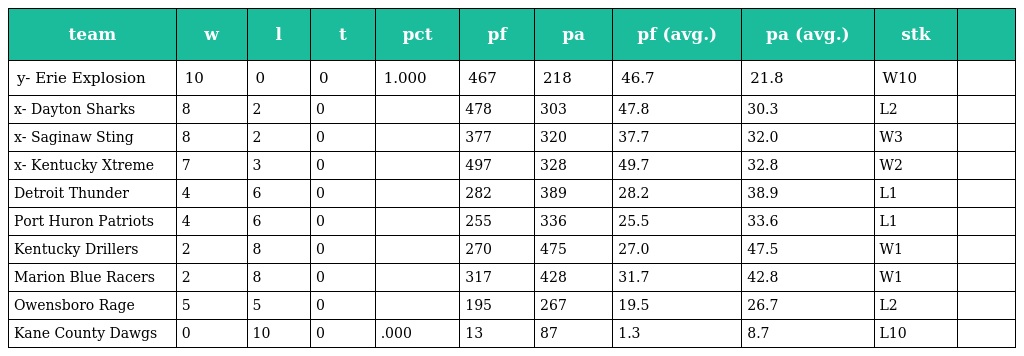
| team | w | l | t | pct | pf | pa | pf (avg.) | pa (avg.) | stk |  |
 | --- | --- | --- | --- | --- | --- | --- | --- | --- | --- | --- |
 | y- Erie Explosion | 10 | 0 | 0 | 1.000 | 467 | 218 | 46.7 | 21.8 | W10 |  |
 | x- Dayton Sharks | 8 | 2 | 0 |  | 478 | 303 | 47.8 | 30.3 | L2 |  |
 | x- Saginaw Sting | 8 | 2 | 0 |  | 377 | 320 | 37.7 | 32.0 | W3 |  |
 | x- Kentucky Xtreme | 7 | 3 | 0 |  | 497 | 328 | 49.7 | 32.8 | W2 |  |
 | Detroit Thunder | 4 | 6 | 0 |  | 282 | 389 | 28.2 | 38.9 | L1 |  |
 | Port Huron Patriots | 4 | 6 | 0 |  | 255 | 336 | 25.5 | 33.6 | L1 |  |
 | Kentucky Drillers | 2 | 8 | 0 |  | 270 | 475 | 27.0 | 47.5 | W1 |  |
 | Marion Blue Racers | 2 | 8 | 0 |  | 317 | 428 | 31.7 | 42.8 | W1 |  |
 | Owensboro Rage | 5 | 5 | 0 |  | 195 | 267 | 19.5 | 26.7 | L2 |  |
 | Kane County Dawgs | 0 | 10 | 0 | .000 | 13 | 87 | 1.3 | 8.7 | L10 |  |